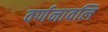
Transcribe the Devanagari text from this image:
वर्णनावलि